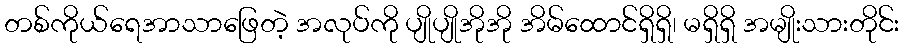
တစ်ကိုယ်ရေအာသာဖြေတဲ့ အလုပ်ကို ပျိုပျိုအိုအို အိမ်ထောင်ရှိရှိ၊ မရှိရှိ အမျိုးသားတိုင်း